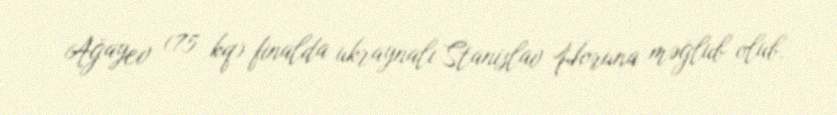
Ağayev (75 kq) finalda ukraynalı Stanislav Horuna məğlub olub.